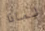
لماذا